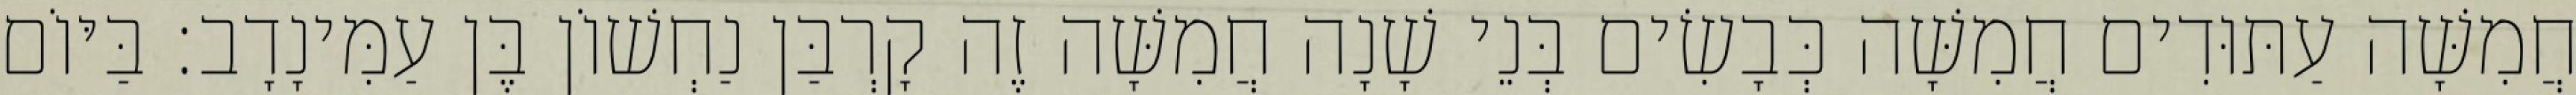
חֲמִשָּׁה עַתּוּדִים חֲמִשָּׁה כְּבָשִׂים בְּנֵי שָׁנָה חֲמִשָּׁה זֶה קָרְבַּן נַחְשׁוֹן בֶּן עַמִּינָדָב׃ בַּיּוֹם